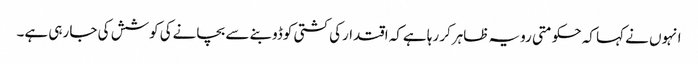
انہوں نے کہا کہ حکومتی رویہ ظاہرکر رہا ہےکہ اقتدارکی کشتی کوڈوبنے سے بچانےکی کوشش کی جا رہی ہے۔